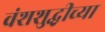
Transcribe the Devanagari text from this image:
वंशशुद्धीच्या